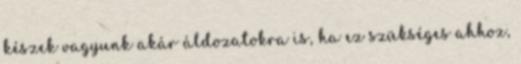
készek vagyunk akár áldozatokra is, ha ez szükséges ahhoz,